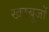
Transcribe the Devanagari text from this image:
खरबूजों